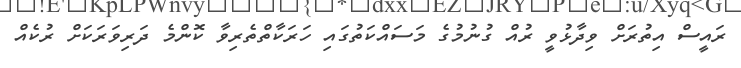
ރައީސް އިތުރަށް ވިދާޅުވީ ރުއް ގުނުމުގެ މަސައްކަތުގައި ހަރަކާތްތެރިވާ ކޮންމެ ދަރިވަރަކަށް ރުކެއް